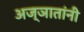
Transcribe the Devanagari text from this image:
अज्ञातांनी